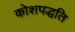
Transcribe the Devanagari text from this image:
कोशपद्धति